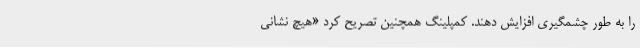
را به طور چشمگیری افزایش دهند. کمپلینگ همچنین تصریح کرد «هیچ نشانی